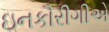
ઇનકૌરીગીએ